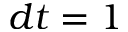
d t = 1